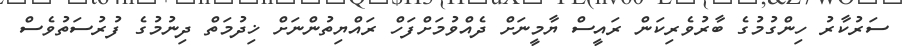
ސަރުކާރު ހިންގުމުގެ ބާރުވެރިކަން ރައީސް ޔާމީނަށް ދެއްވުމަށްފަހް ރައްޔިތުންނަށް ޚިދުމަތް ދިނުމުގެ ފުރުސަތުވެސް